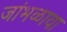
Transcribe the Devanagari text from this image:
जांभळाया